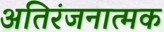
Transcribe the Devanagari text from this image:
अतिरंजनात्मक